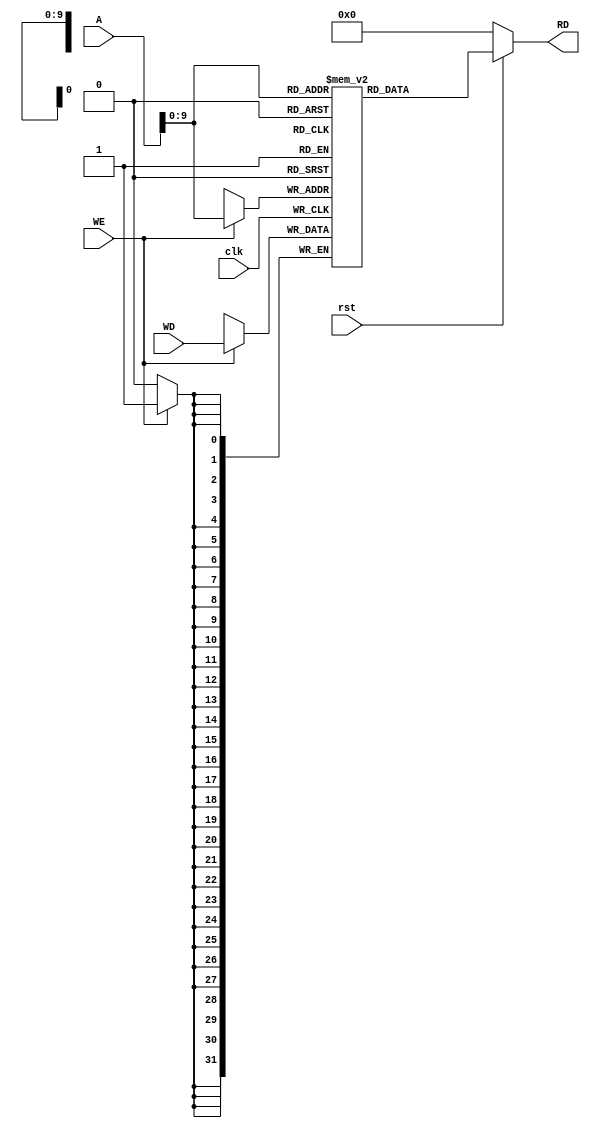
// This program was cloned from: https://github.com/theuppercaseguy/FYP--Risc-V-32-bit-Matrix-Mac
// License: GNU General Public License v3.0

`timescale 1ns / 1ps
//////////////////////////////////////////////////////////////////////////////////
// Company: 
// Engineer: 
// 
// Design Name: 
// Module Name: Data_Memory
// Project Name: 
// Target Devices: 
// Tool Versions: 
// Description: 
// 
// Dependencies: 
// 
// Revision:
// Revision 0.01 - File Created
// Additional Comments:
// 
//////////////////////////////////////////////////////////////////////////////////


module Data_Memory(
    input  rst,
    input [31:0] A,//address in memory
    input [31:0] WD,//data to store in memory or read it from memory
    input clk,WE,//write enable
    
    output [31:0] RD//read the address A data onto RD, read wxisting data basically
    );
    
    reg [31:0] Data_Memory_Registers [512:0];

    always @(posedge clk)
    begin
        if (WE)
            begin
                Data_Memory_Registers[A] <= WD;
            end
    
    end

    //read
    //assign RD = ( WE == 1'b0 ) ? Data_Memory_Registers[A] : 32'h00000000;//read data at address A if we is low
    assign RD = (~rst) ? 32'd0 : Data_Memory_Registers[A];

    initial begin
        //test-1
    //    Data_Memory_Registers[28] = 32'h00000020;
        //test-2
    //    Data_Memory_Registers[40] = 32'h00000002;

    end
    




endmodule